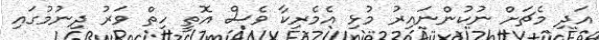
އަދި މެޗަށް ނުކުންނައިރު މުޅި އެމެރިކާ ވެސް އޮތީ ހިތް ވަރު ދިނުމުގައި